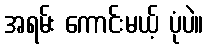
အရမ်း ကောင်းမယ့် ပုံပဲ။